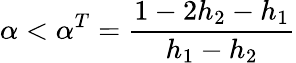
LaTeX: \alpha<\alpha^{T}=\frac{1-2h_{2}-h_{1}}{h_{1}-h_{2}}